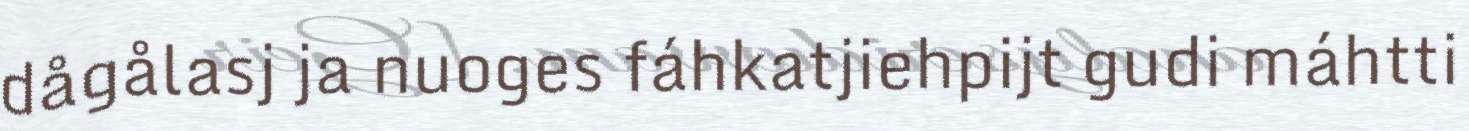
dågålasj ja nuoges fáhkatjiehpijt gudi máhtti